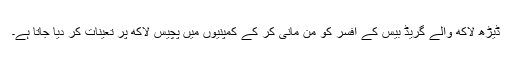
ڈیڑھ لاکھ والے گریڈ بیس کے افسر کو من مانی کر کے کمپنیوں میں پچیس لاکھ پر تعینات کر دیا جاتا ہے۔